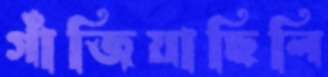
গাঁজিয়াছিলি